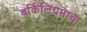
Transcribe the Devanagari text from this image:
बर्किलियमाचा